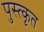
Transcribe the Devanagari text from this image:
पुस्त्कृत